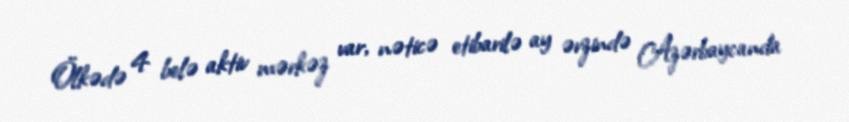
Ölkədə 4 belə aktiv mərkəz var, nəticə etibarilə ay ərzində Azərbaycanda